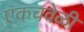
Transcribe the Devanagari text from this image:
एकचवेळी